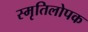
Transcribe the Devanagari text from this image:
स्मृतिलोपक